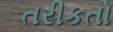
તરીકતો